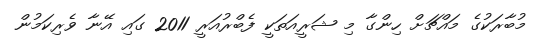
މުބާރަކުގެ މައްޗަށް ހިންގާ މި ޝަރީއަތަކީ ފެބްރުއަރީ 2011 ގައި އޭނާ ވެރިކަމުން